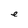
Character: e